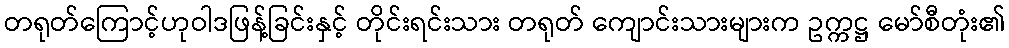
တရုတ်ကြောင့်ဟုဝါဒဖြန့်ခြင်းနှင့် တိုင်းရင်းသား တရုတ် ကျောင်းသားများက ဥက္ကဋ္ဌ မော်စီတုံး၏